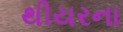
થીયરના